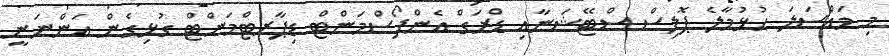
މި މައްސަލަ ހުޅުމާލެ ޕޮލިސް ސްޓޭޝަނާއި ޑްރަގް އެންފޯސްމަންޓް ޑިޕާރޓްމަންޓް ގުޅިގެން އަންނަނީ